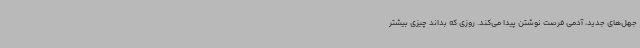
جهل‌های جدید، آدمی فرصت نوشتن پیدا می‌کند. روزی که بداند چیزی بیشتر